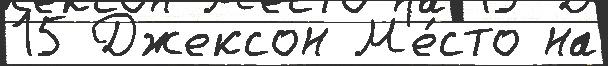
15 Джексон М'е́сто на